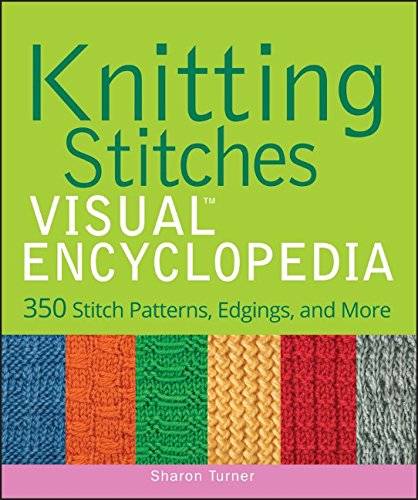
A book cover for Knitting Stitches VISUAL Encyclopedia; Sharon Turner; Reference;